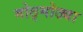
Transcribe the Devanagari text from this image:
मोठ्मोठ्या